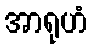
အာရုဟံ